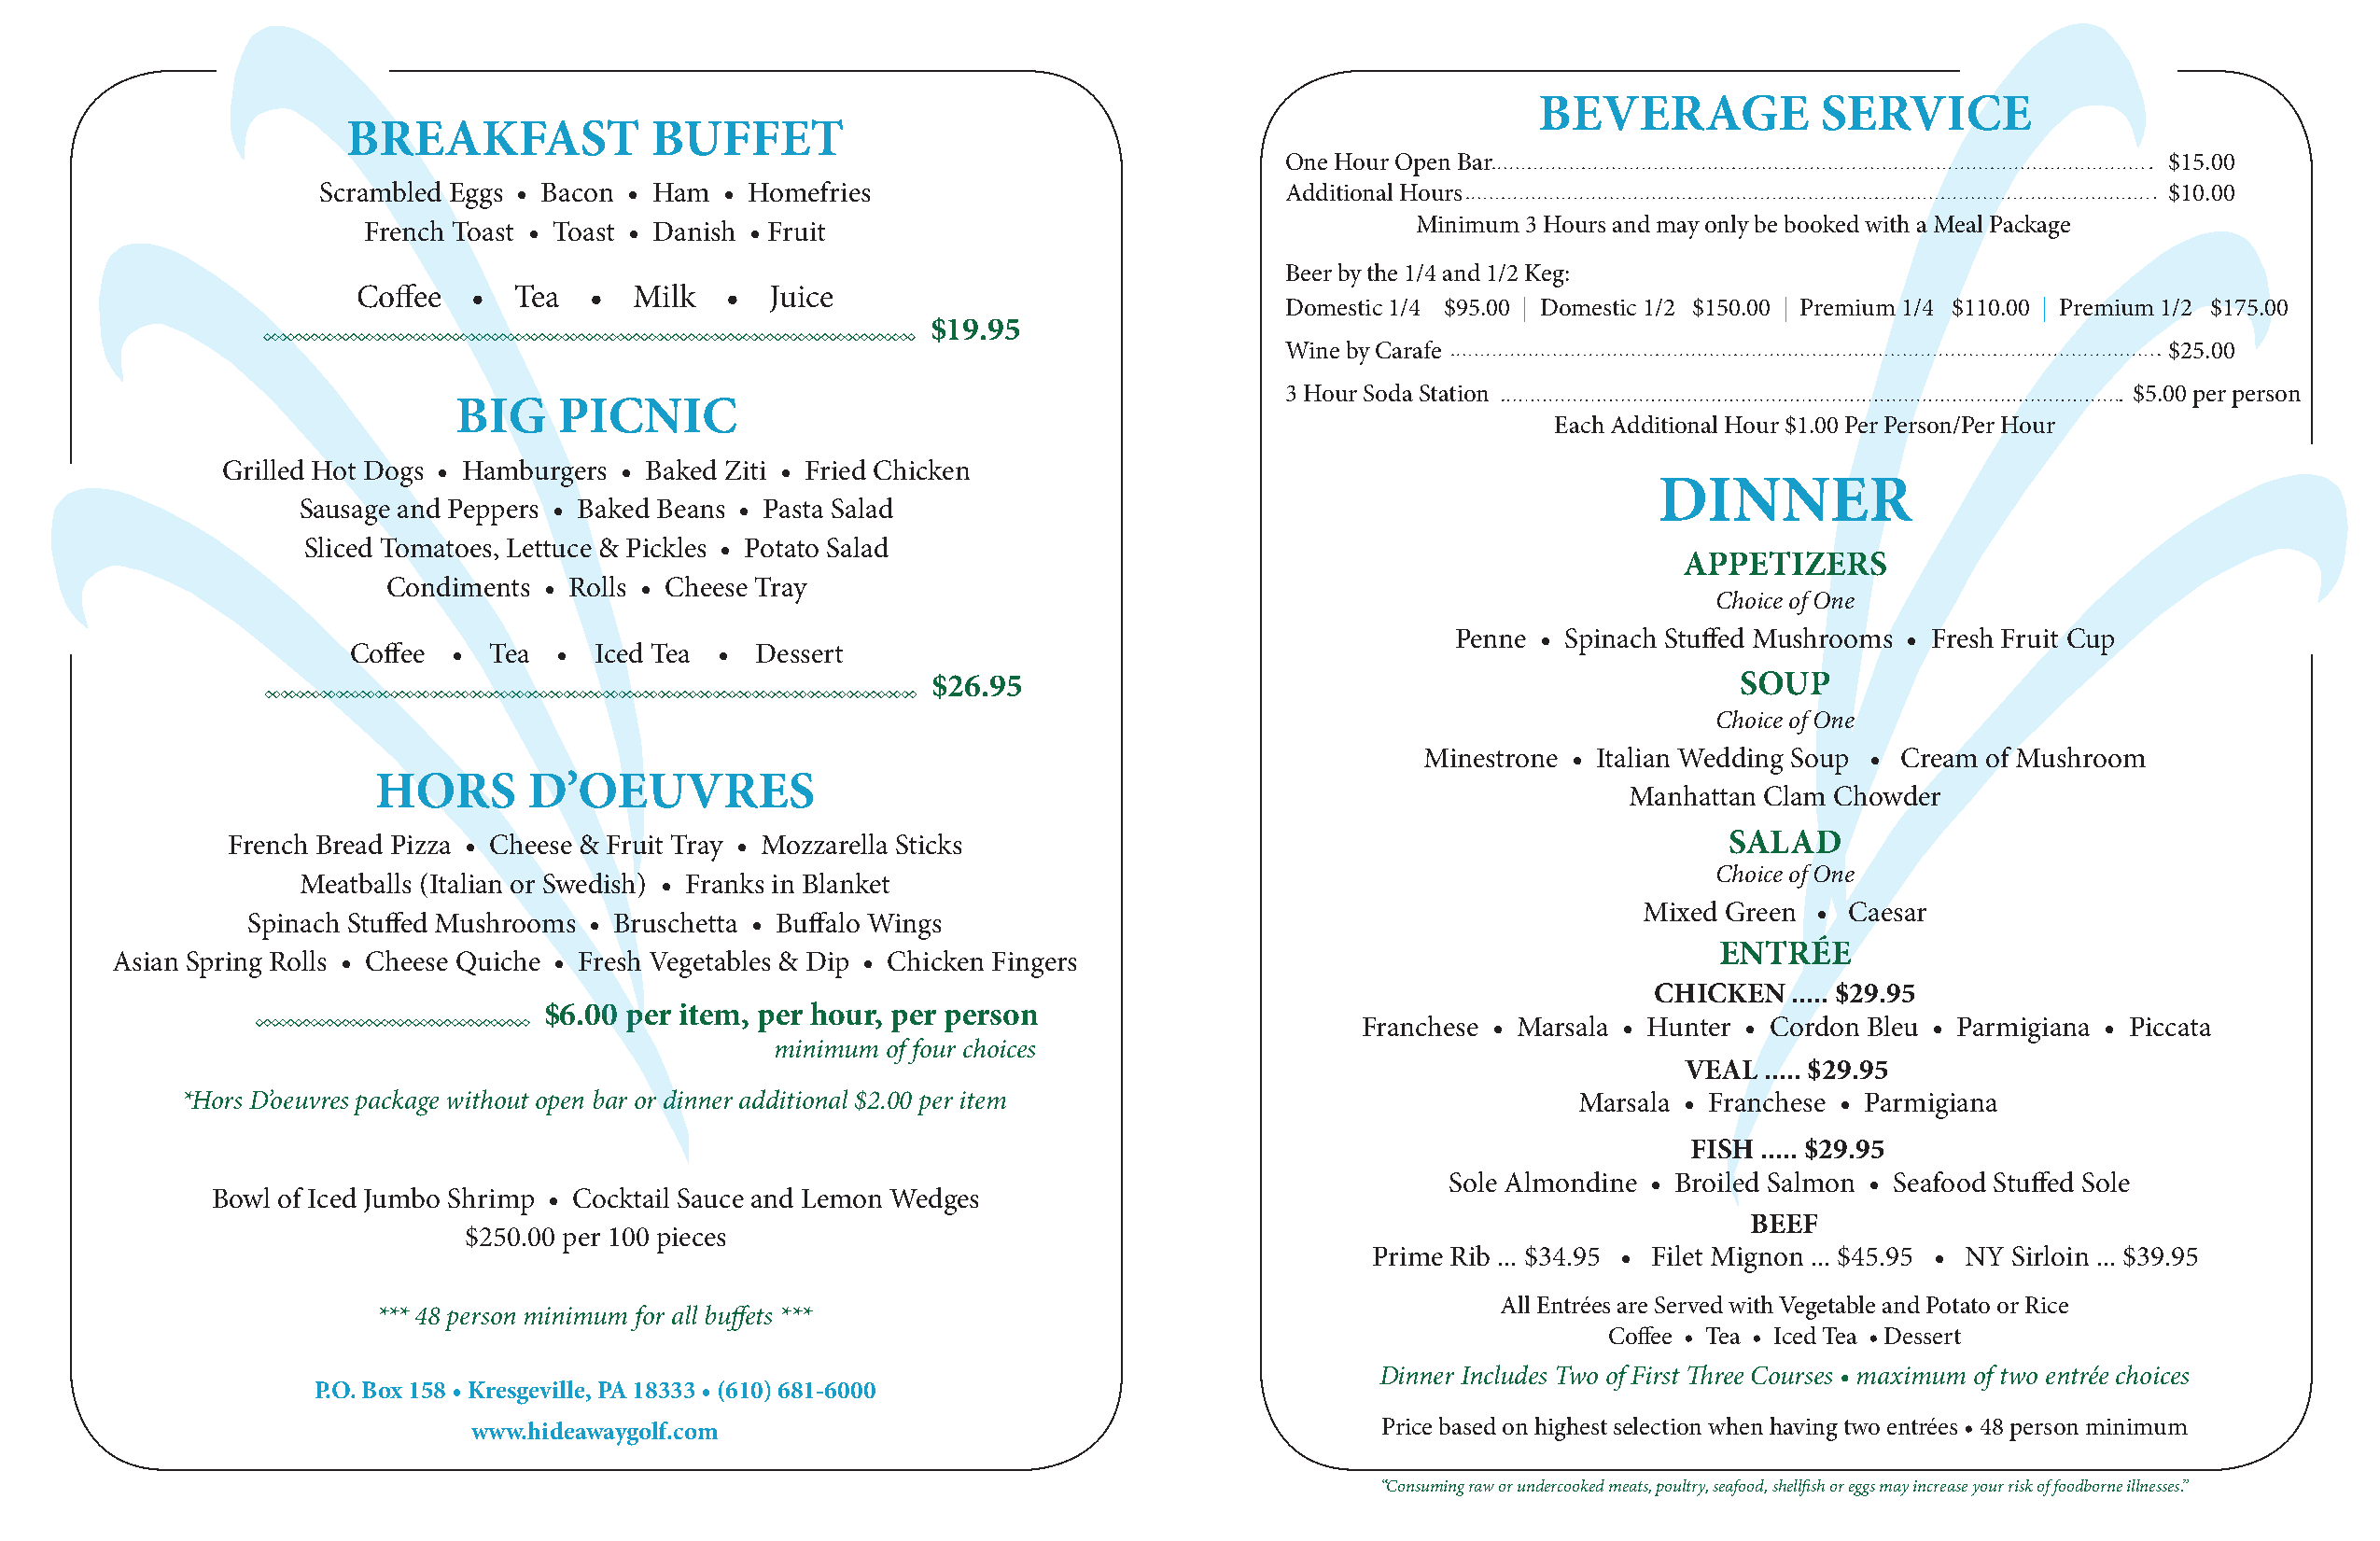
BEVERAGE            SERVICE
 BREAKFAST            BUFFET
 One Hour Open Bar                                              $15.00
 Scrambled Eggs • Bacon • Ham • Homefries                            Additional Hours                                               $10.00
 Minimum 3 Hours and may only be booked with a Meal Package
 French Toast • Toast • Danish • Fruit
 Beer by the 1/4 and 1/2 Keg:
 Coffee  •   Tea  •  Milk   •  Juice
 Domestic 1/4 $95.00 | Domestic 1/2 $150.00 | Premium 1/4 $110.00 | Premium 1/2 $175.00
 $19.95
 Wine by Carafe                                                 $25.00
 3 Hour Soda Station                                         $5.00 per person
 BIG     PICNIC
 Each Additional Hour $1.00 Per Person/Per Hour
 Grilled Hot Dogs • Hamburgers • Baked Ziti • Fried Chicken
 DINNER
 Sausage and Peppers • Baked Beans • Pasta Salad
 Sliced Tomatoes, Lettuce & Pickles • Potato Salad
 APPETIZERS
 Condiments  • Rolls • Cheese Tray
 Choice of One
 Penne • Spinach Stuffed Mushrooms • Fresh Fruit Cup
 Coffee •  Tea •  Iced Tea •  Dessert
 $26.95                                                   SOUP
 Choice of One
 Minestrone • Italian Wedding Soup • Cream of Mushroom
 HORS      D’OEUVRES
 Manhattan Clam Chowder
 French Bread Pizza • Cheese & Fruit Tray • Mozzarella Sticks                                               SALAD
 Choice of One
 Meatballs (Italian or Swedish) • Franks in Blanket
 Mixed Green • Caesar
 Spinach Stuffed Mushrooms • Bruschetta • Buffalo Wings
 ENTRÉE
 Asian Spring Rolls • Cheese Quiche • Fresh Vegetables & Dip • Chicken Fingers
 CHICKEN   ..... $29.95
 $6.00 per item, per hour, per person
 Franchese • Marsala • Hunter • Cordon Bleu • Parmigiana • Piccata
 minimum of four choices
 VEAL  ..... $29.95
 *Hors D’oeuvres package without open bar or dinner additional $2.00 per item                       Marsala • Franchese • Parmigiana
 FISH ..... $29.95
 Sole Almondine • Broiled Salmon • Seafood Stuffed Sole
 Bowl of Iced Jumbo Shrimp • Cocktail Sauce and Lemon Wedges
 BEEF
 $250.00 per 100 pieces
 Prime Rib ... $34.95 • Filet Mignon ... $45.95 • NY Sirloin ... $39.95
 All Entrées are Served with Vegetable and Potato or Rice
 *** 48 person minimum for all buffets ***
 Coffee • Tea • Iced Tea • Dessert
 Dinner Includes Two of First Three Courses • maximum of two entrée choices
 P.O. Box 158 • Kresgeville, PA 18333 • (610) 681-6000
 www.hideawaygolf.com                                             Price based on highest selection when having two entrées • 48 person minimum
 “Consuming raw or undercooked meats, poultry, seafood, shellfish or eggs may increase your risk of foodborne illnesses.”